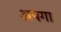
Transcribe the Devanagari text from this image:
अपगा